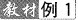
教材例1